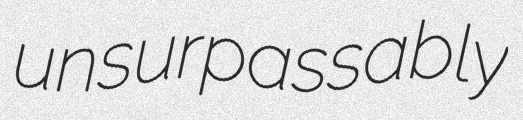
unsurpassably